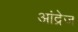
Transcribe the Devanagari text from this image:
आंद्रेज